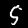
Label: 5